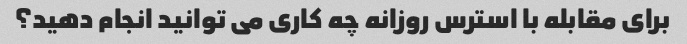
برای مقابله با استرس روزانه چه کاری می توانید انجام دهید؟